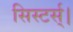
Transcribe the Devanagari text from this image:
सिस्टर्स्।